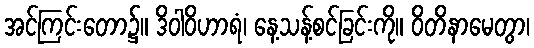
အင်ကြင်းတော၌။ ဒိဝါဝိဟာရံ၊ နေ့သန့်စင်ခြင်းကို။ ဝိတိနာမေတွာ၊